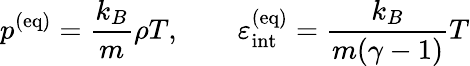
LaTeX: p^{(\mathrm{eq)}}=\frac{k_{B}}{m}\rho T,\qquad\varepsilon_{\mathrm{int}}^{(\mathrm{eq)}}=\frac{k_{B}}{m(\gamma-1)}T